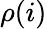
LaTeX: \rho(i)